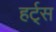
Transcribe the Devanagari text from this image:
हर्ट्‌स